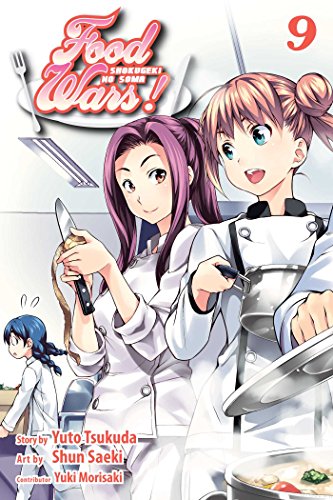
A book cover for Food Wars!, Vol. 9; Yuto Tsukudo; Comics & Graphic Novels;